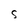
Character: S